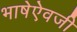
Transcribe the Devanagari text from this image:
भाषेऐवजी